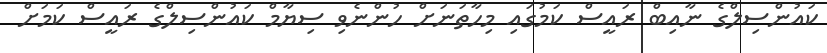
ކައުންސިލްގެ ނާއިބް ރައީސް ކަމުގައި މިހާތަނަށް ހުންނެވި ސިޔާމް ކައުންސިލްގެ ރައީސް ކަމަށް